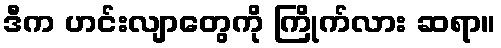
ဒီက ဟင်းလျာတွေကို ကြိုက်လား ဆရာ။